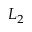
L _ { 2 }